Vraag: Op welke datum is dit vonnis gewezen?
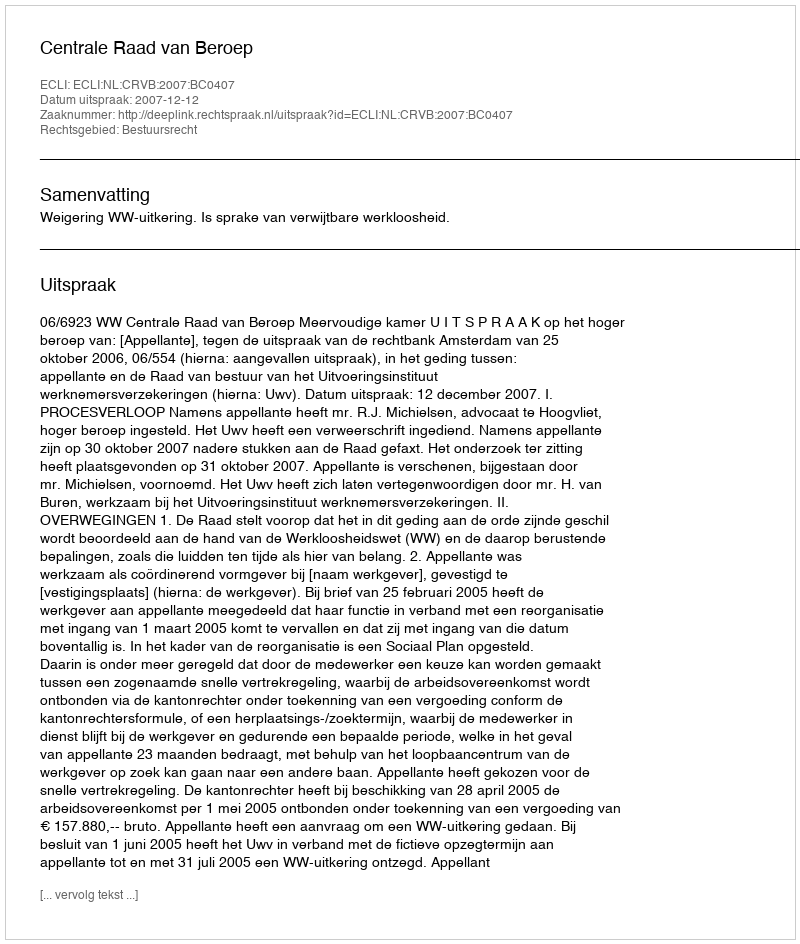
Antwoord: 2007-12-12